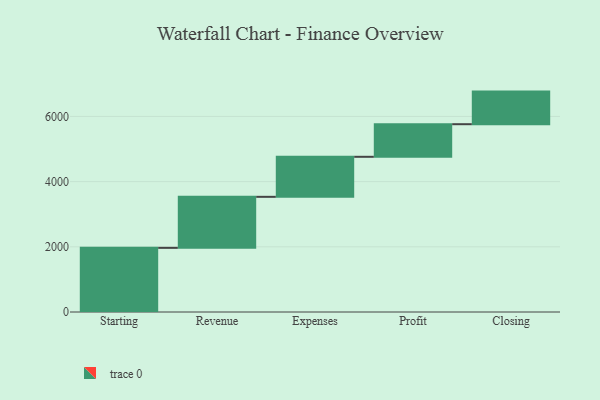
{"axis": {"x": "Step", "y": "Value"}, "legend": [""], "data": [{"x": "Starting", "y": 1968.0, "type": ""}, {"x": "Revenue", "y": 1565.0, "type": ""}, {"x": "Expenses", "y": 1228.0, "type": ""}, {"x": "Profit", "y": 1000, "type": ""}, {"x": "Closing", "y": 1000, "type": ""}]}